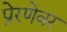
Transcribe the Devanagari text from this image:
प्रेरणेवर